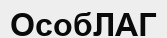
ОсобЛАГ